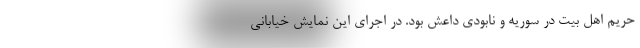
حریم اهل بیت در سوریه و نابودی داعش بود. در اجرای این نمایش خیابانی